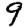
Digit: 9